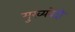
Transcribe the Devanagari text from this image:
मुख्यवेदी